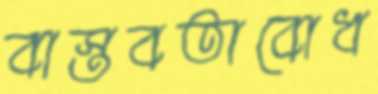
বাস্তবতাবোধ